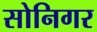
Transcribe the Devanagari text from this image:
सोनिगर